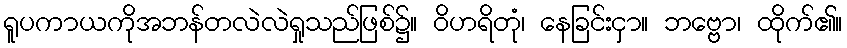
ရူပကာယကိုအဘန်တလဲလဲရှုသည်ဖြစ်၌။ ဝိဟရိတုံ၊ နေခြင်းငှာ။ ဘဗ္ဗော၊ ထိုက်၏။